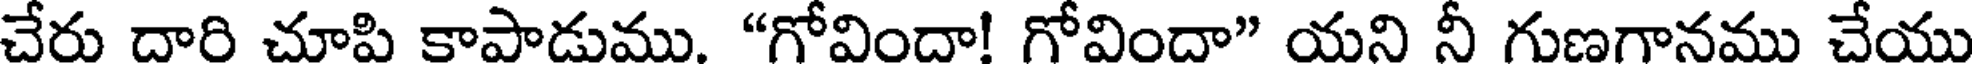
చేరు దారి చూపి కాపాడుము. "గోవిందా! గోవిందా" యని నీ గుణగానము చేయు